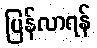
ပြန်လာရန်